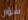
سؤال